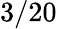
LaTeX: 3/20